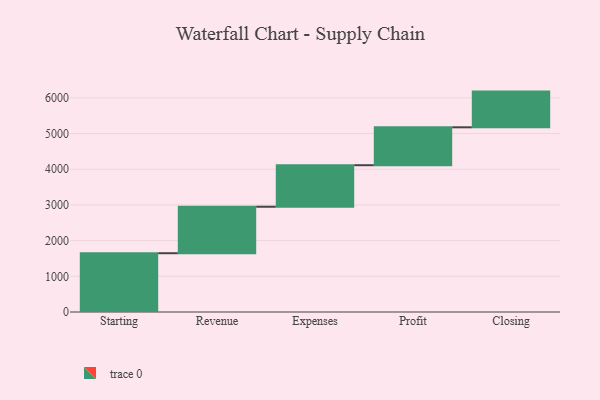
{"axis": {"x": "Step", "y": "Value"}, "legend": [""], "data": [{"x": "Starting", "y": 1647.0, "type": ""}, {"x": "Revenue", "y": 1302.0, "type": ""}, {"x": "Expenses", "y": 1163.0, "type": ""}, {"x": "Profit", "y": 1062.0, "type": ""}, {"x": "Closing", "y": 1000, "type": ""}]}